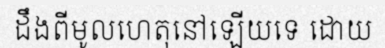
ដឹងពីមូលហេតុនៅឡើយទេ ដោយ